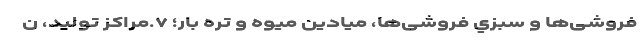
فروشی‌ها و سبزي فروشی‌ها، میادین میوه و تره بار؛ ۷.مراکز تولید، ن